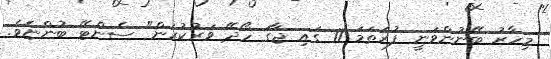
މިހާރު ބޭނުންވަނީ ފުރަތަމަ 11 ގައި ޖާގަ ހޯދޭ ވަރުކުރަން" ސެންޓޭ ބުންޏެވެ.